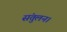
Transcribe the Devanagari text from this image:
संतुलन।